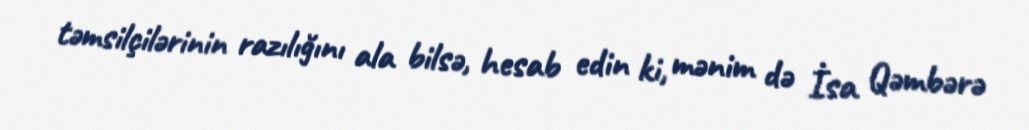
təmsilçilərinin razılığını ala bilsə, hesab edin ki, mənim də İsa Qəmbərə